Etiology and epidemiology of plague
Disease focus: Plague
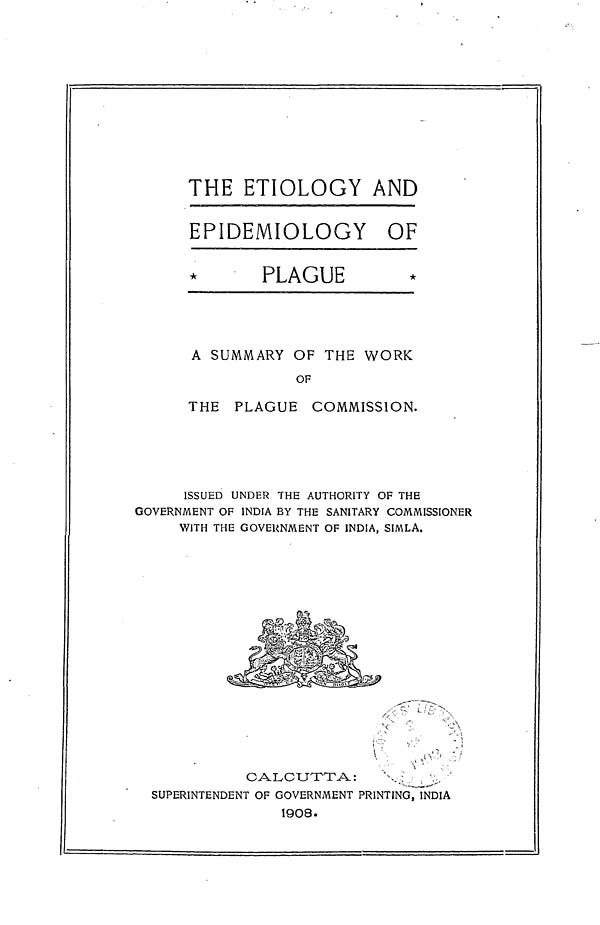
THE ETIOLOGY AND
EPIDEMIOLOGY OF
PLAGUE
A SUMMARY OF THE WORK
OF
THE PLAGUE COMMISSION.
ISSUED UNDER THE AUTHORITY OF THE
GOVERNMENT OF INDIA BY THE SANITARY COMMISSIONER
WITH THE GOVERNMENT OF INDIA, SIMLA.
CALCUTTA:
SUPERINTENDENT OF GOVERNMENT PRINTING, INDIA
19O8.